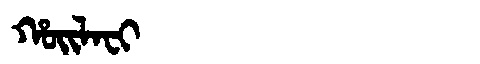
Manchu: ᡥᠣᡳᠯᠠᠸᡳ
Romanization: HOILAFI